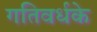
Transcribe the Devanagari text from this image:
गतिवर्धके